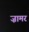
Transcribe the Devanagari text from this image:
ज़ामर